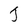
Character: J